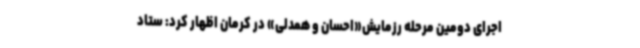
اجرای دومین مرحله رزمایش«احسان و همدلی» در کرمان اظهار کرد: ستاد